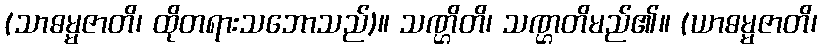
(သာဓမ္မဇာတိ၊ ထိုတရားသဘောသည်)။ သဏ္ဌိတိ၊ သဏ္ဌတိမည်၏။ (ယာဓမ္မဇာတိ၊